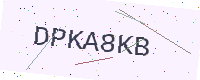
Text: DPKA8KB